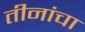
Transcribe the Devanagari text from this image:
तीनांचा